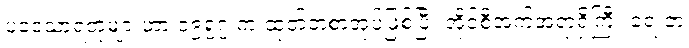
ပဒေသာရတုများဟာ ၁၉၅၇ က ထုတ်တဲ့စာအုပ်ဖြစ်ပြီး အိုင်စီအက်အရာရှိကြီး ရေးတဲ့